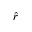
\hat { r }